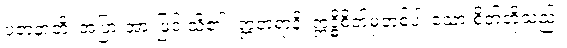
ပဇာနာတိ၊ အပြားအားဖြင့် သိ၏။ ဣတရာနိ၊ ဣဒ္ဓိစိတ်မှတစ်ပါးသော စိတ်တို့သည်။